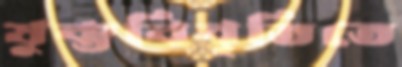
যুক্তবিবৃতিতে